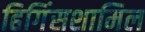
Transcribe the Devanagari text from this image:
हिगिंसशामिल